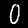
Digit: 0